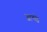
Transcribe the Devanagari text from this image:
आच्छे